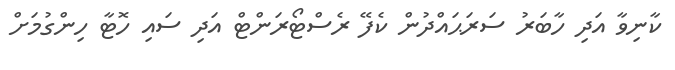
ކާނިވާ އަދި ހާބަރު ސަރަޙައްދުން ކެފޭ ރެސްޓޯރަންޓް އަދި ސައި ހޮޓާ ހިންގުމަށް